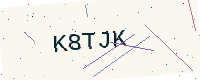
Text: K8TJK